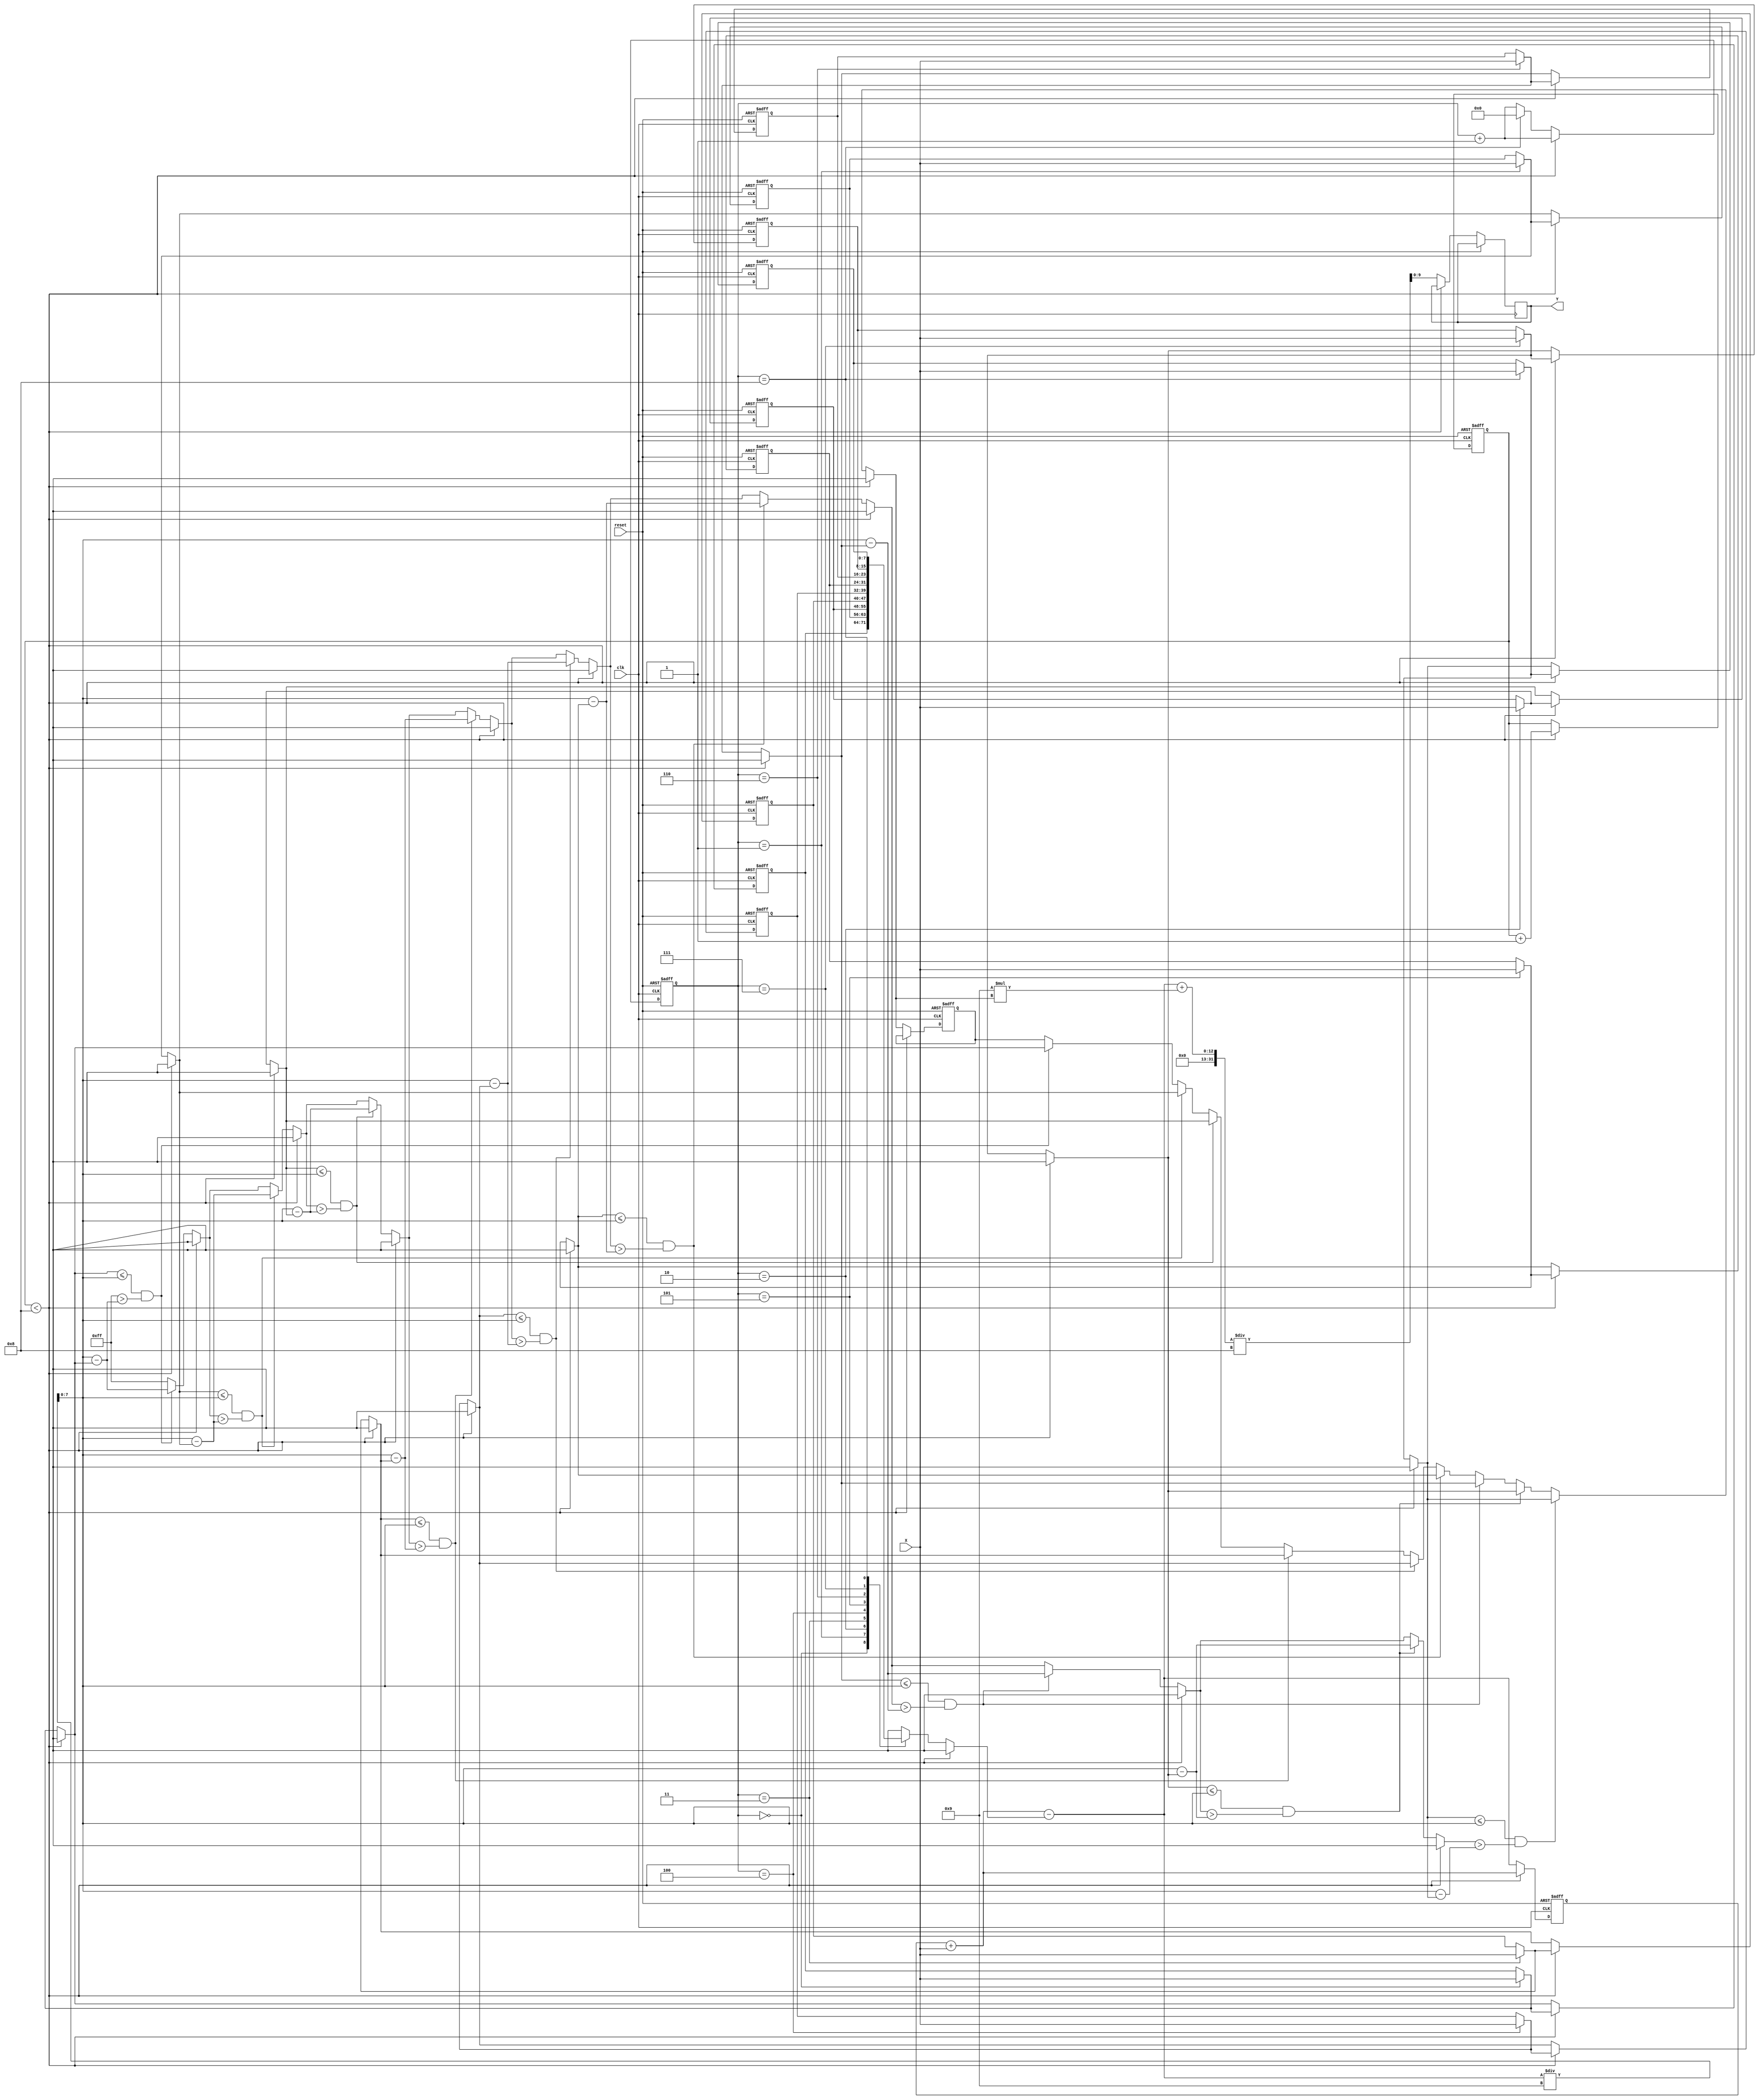
`timescale 1ns/10ps
module CS(Y, X, reset, clk);

  input clk, reset; 
  input 	[7:0] X;
  output reg[9:0] Y;
  
  //--------------------------------------
  //  \^o^/   Write your code here~  \^o^/
  //--------------------------------------
  reg[7:0] XS[8:0];
  reg[10:0] sum;
  reg[7:0] X_avg;
  reg[7:0] X_app;
  reg[7:0] min;
  reg[3:0] n;
  reg[3:0] j;

  always@(negedge clk, posedge reset)
  begin
      if(reset)
      begin
        XS[0] = 0; XS[1] = 0; XS[2] = 0; XS[3] = 0; XS[4] = 0;
        XS[5] = 0; XS[6] = 0; XS[7] = 0; XS[8] = 0;
        sum = 0;
        X_avg = 0;
        X_app = 0;
        min = 8'b11111111;
        n = 0;
        j = 0;
      end
      else
      begin
        if(n < 4'd8)
        begin
          XS[j] = X;
          n = n + 4'd1;
          sum = sum + X;
          j = j + 4'd1;
        end
        else
        begin
          
          sum = sum + X - XS[j];
          XS[j] = X;
          X_avg = (sum)/9;
          //
          min = 8'b11111111;

          if(XS[0] <= X_avg && min > (X_avg - XS[0]))
          begin
              min = X_avg - XS[0];
              X_app = XS[0];
          end
          if(XS[1] <= X_avg && min > (X_avg - XS[1]))
          begin
              min = X_avg - XS[1];
              X_app = XS[1];
          end
          if(XS[2] <= X_avg && min > (X_avg - XS[2]))
          begin
              min = X_avg - XS[2];
              X_app = XS[2];
          end
          if(XS[3] <= X_avg && min > (X_avg - XS[3]))
          begin
              min = X_avg - XS[3];
              X_app = XS[3];
          end
          if(XS[4] <= X_avg && min > (X_avg - XS[4]))
          begin
              min = X_avg - XS[4];
              X_app = XS[4];
          end
          if(XS[5] <= X_avg && min > (X_avg - XS[5]))
          begin
              min = X_avg - XS[5];
              X_app = XS[5];
          end
          if(XS[6] <= X_avg && min > (X_avg - XS[6]))
          begin
              min = X_avg - XS[6];
              X_app = XS[6];
          end
          if(XS[7] <= X_avg && min > (X_avg - XS[7]))
          begin
              min = X_avg - XS[7];
              X_app = XS[7];
          end
          if(XS[8] <= X_avg && min > (X_avg - XS[8]))
          begin
              min = X_avg - XS[8];
              X_app = XS[8];
          end
        Y = (sum + 9*X_app)/8;
        if(j == 4'd8)
          j = 0;
        else 
          j = j + 4'd1;
        end
      end
  end

endmodule